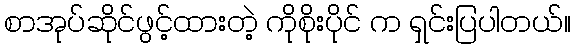
စာအုပ်ဆိုင်ဖွင့်ထားတဲ့ ကိုစိုးပိုင် က ရှင်းပြပါတယ်။